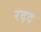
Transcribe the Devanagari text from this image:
रद़द